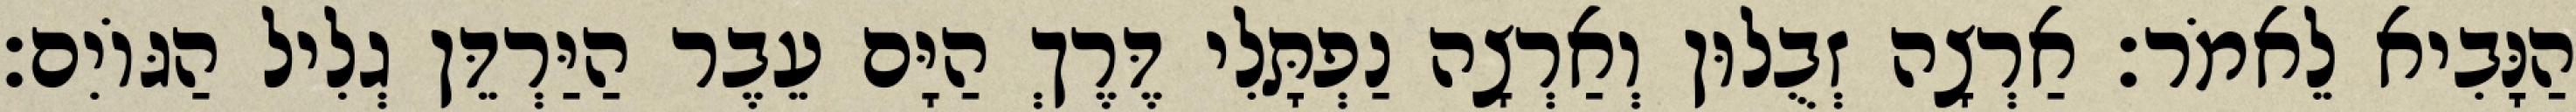
הַנָּבִיא לֵאמֹר׃ אַרְצָה זְבֻלוּן וְאַרְצָה נַפְתָּלִי דֶּרֶךְ הַיָּם עֵבֶר הַיַּרְדֵּן גְלִיל הַגּוֹיִם׃